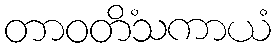
တာဝတိံသကာယံ